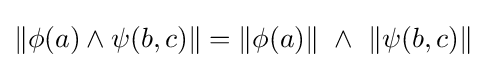
\|\phi (a)\land \psi (b,c)\|=\|\phi (a)\|\ \land \ \|\psi (b,c)\|